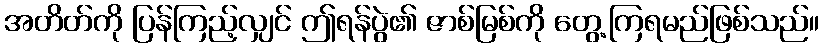
အတိတ်ကို ပြန်ကြည့်လျှင် ဤရန်ပွဲ၏ ဇာစ်မြစ်ကို တွေ့ကြရမည်ဖြစ်သည်။